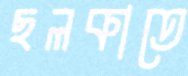
ছলকাতে